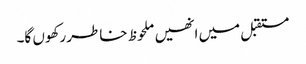
مستقبل میں انھیں ملحوظ خاطر رکھوں گا۔